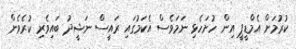
ކުރުމަށް އެމްޑީޕީ އިން ހުށަހެޅި ނަމަވެސް އެކަމުގައި ރައީސް ނަޝީދު ބައިވެރި ކުރެވެން